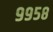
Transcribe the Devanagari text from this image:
९९५८